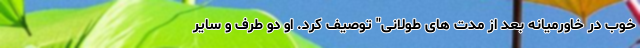
خوب در خاورمیانه بعد از مدت های طولانی" توصیف کرد. او دو طرف و سایر